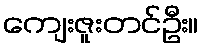
ကျေးဇူးတင်ဦး။